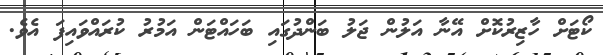
ކޯޓަށް ހާޒިރުކޮށް އޭނާ އަލުން ޖަލު ބަންދުގައި ބަހައްޓަން އަމުރު ކުރައްވައިފަ އެވެ.